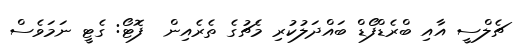
ޗެލްސީ އާއި ބްރެޑްފޯޑް ބައްދަލުކުރި މެޗުގެ ތެރެއިން  ފޮޓޯ: ގެޓީ ނަމަވެސް